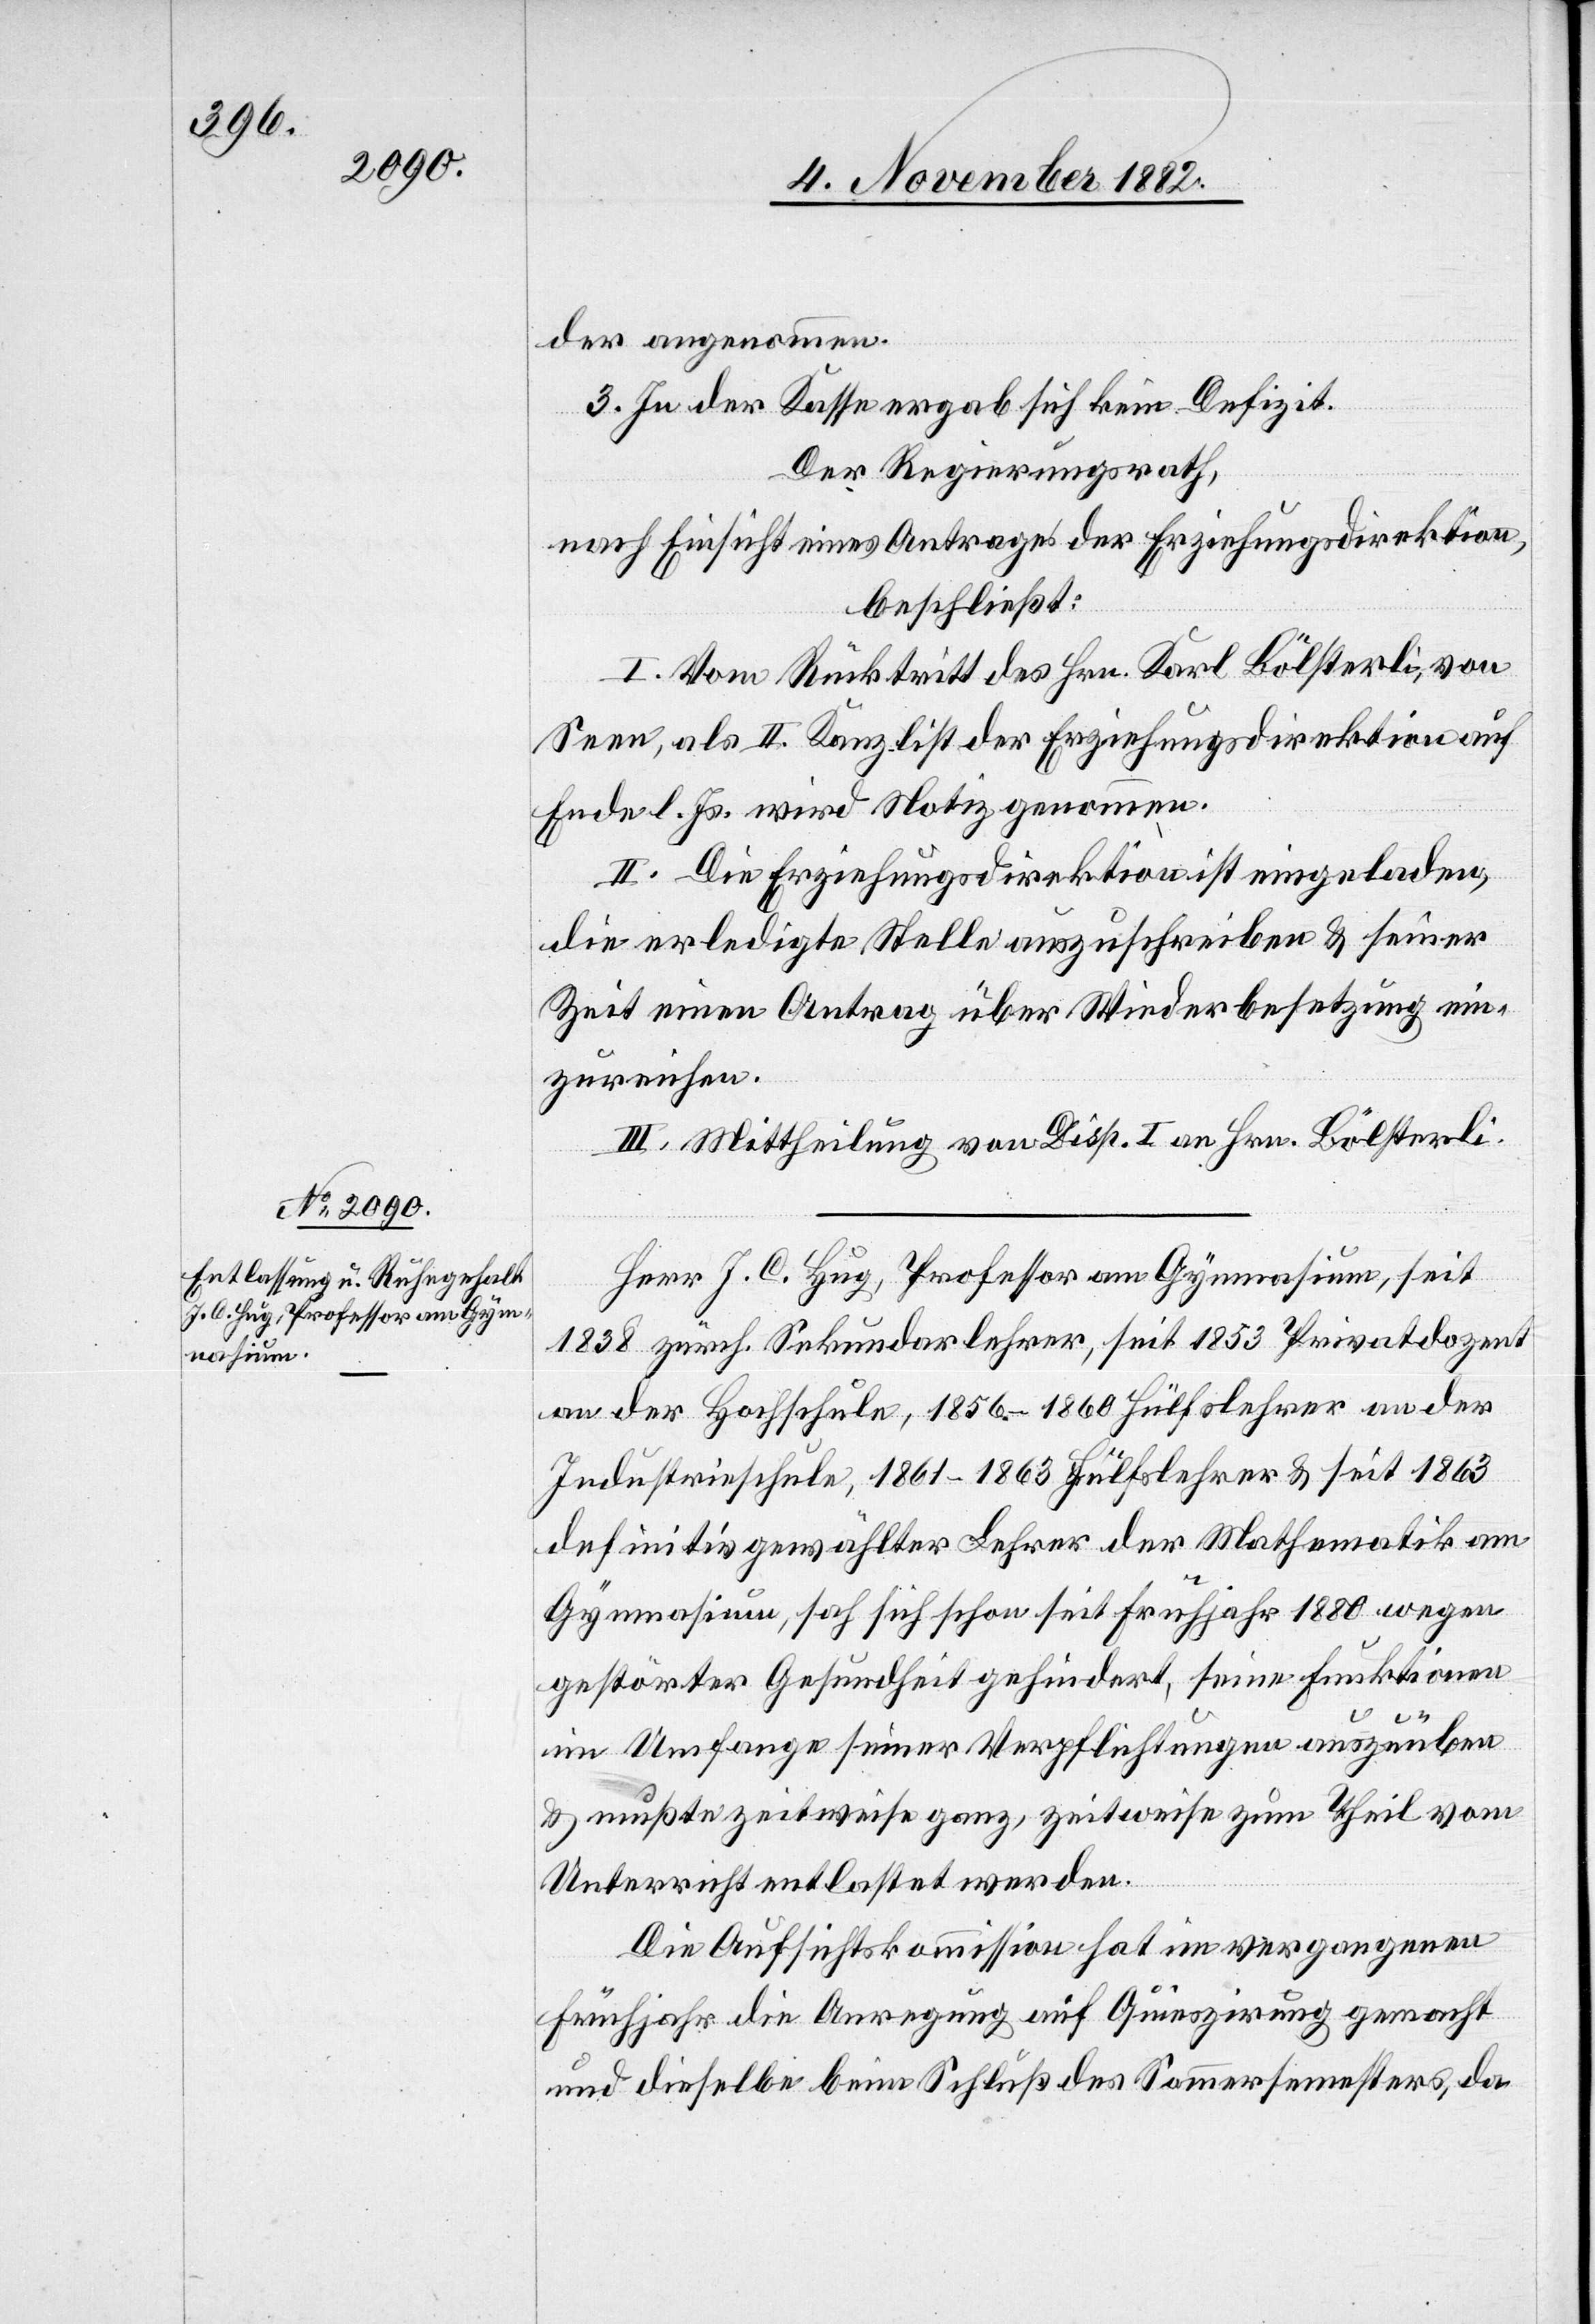
der angenommen.
3. In der Kasse ergab sich kein Defizit.
Der Regierungsrath,
nach Einsicht eines Antrages der Erziehungsdirektion,
beschließt:
I. Vom Rücktritt des Hrn. Karl Bölsterli, von
Seen, als II. Kanzlist der Erziehungsdirektion auf
Ende l. Js. wird Notiz genommen.
II. Die Erziehungsdirektion ist eingeladen,
die erledigte Stelle auszuschreiben & seiner
Zeit einen Antrag über Wiederbesetzung ein¬
zureichen.
III. Mittheilung von Disp. I an Hrn. Bölsterli.
Herr J. C. Hug, Professor am Gymnasium, seit
1838 zürch. Sekundarlehrer, seit 1853 Privatdozent
an der Hochschule, 1856–1860 Hülfslehrer an der
Industrieschule, 1861–1863 Hülfslehrer & seit 1863
definitiv gewählter Lehrer der Mathematik am
Gymnasium, sah sich schon seit Frühjahr 1880 wegen
gestörter Gesundheit gehindert, seine Funktionen
im Umfange seiner Verpflichtungen auszuüben
& mußte zeitweise ganz, zeitweise zum Theil vom
Unterricht entlastet werden.
Die Aufsichtskommission hat im vergangenen
Frühjahr die Anregung auf Quieszirung gemacht
und dieselbe beim Schluß des Sommersemesters, da